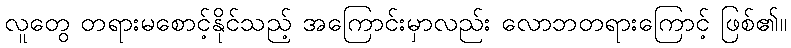
လူတွေ တရားမစောင့်နိုင်သည့် အကြောင်းမှာလည်း လောဘတရားကြောင့် ဖြစ်၏။